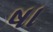
ષા